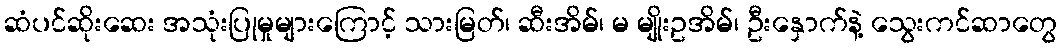
ဆံပင်ဆိုးဆေး အသုံးပြုမှုများကြောင့် သားမြတ်၊ ဆီးအိမ်၊ မ မျိုးဥအိမ်၊ ဦးနှောက်နဲ့ သွေးကင်ဆာတွေ